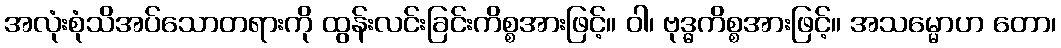
အလုံးစုံသိအပ်သောတရားကို ထွန်းလင်းခြင်းကိစ္စအားဖြင့်။ ဝါ၊ ဗုဒ္ဓကိစ္စအားဖြင့်။ အသမ္မောဟ တော၊